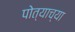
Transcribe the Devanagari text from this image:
पोत्याच्या